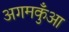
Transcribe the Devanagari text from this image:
अगमकुँआ